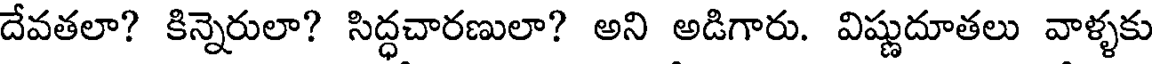
దేవతలా? కిన్నెరులా? సిద్ధచారణులా? అని అడిగారు. విష్ణుదూతలు వాళ్ళకు